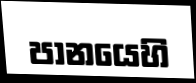
පානයෙහි